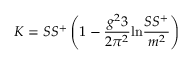
K = S S ^ { + } \left( 1 - { \frac { g ^ { 2 } 3 } { 2 \pi ^ { 2 } } } \mathrm { l n } { \frac { S S ^ { + } } { m ^ { 2 } } } \right)